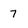
Character: 7